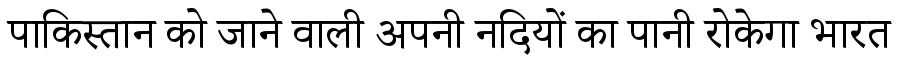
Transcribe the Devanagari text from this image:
पाकिस्तान को जाने वाली अपनी नदियों का पानी रोकेगा भारत